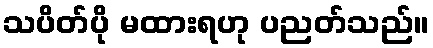
သပိတ်ပို မထားရဟု ပညတ်သည်။